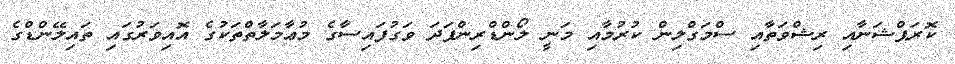
ކޮރަޕްޝަނާއި ރިޝްވަތާއި ސްމަގްލިން ކުރުމާއި މަނީ ލޯންޑްރިންފަދަ ވަގުފައިސާގެ މުޢާމަލާތްތަކުގެ އޮއިވަރުގައި ތައިލޭންޑްގެ